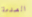
الصدمة